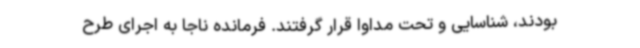
بودند، شناسایی و تحت مداوا قرار گرفتند. فرمانده ناجا به اجرای طرح